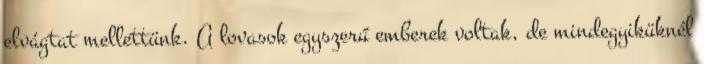
elvágtat mellettünk. A lovasok egyszerű emberek voltak, de mindegyiküknél